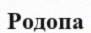
Родопа